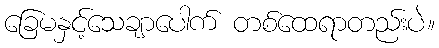
ခြေမနှင့်သေချာပေါက် တစ်ထေရာတည်းပဲ။